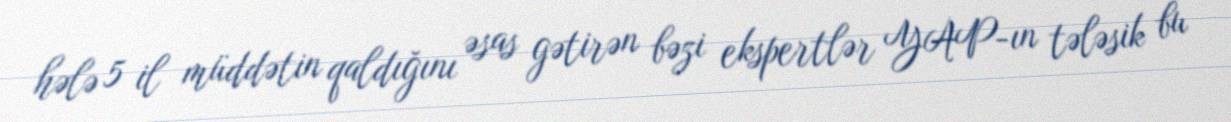
hələ 5 il müddətin qaldığını əsas gətirən bəzi ekspertlər YAP-ın tələsik bu